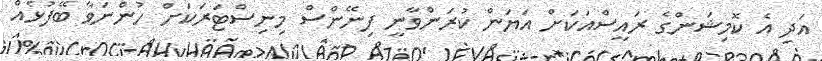
އަދި އެ ކޮމިޝަންގެ ރައީސްއަކަށް އަޔަން ކުރަންވާނީ ފިނޭންސް މިނިސްޓަރަކަށް ހުންނަވާ ބޭފުޅެއް